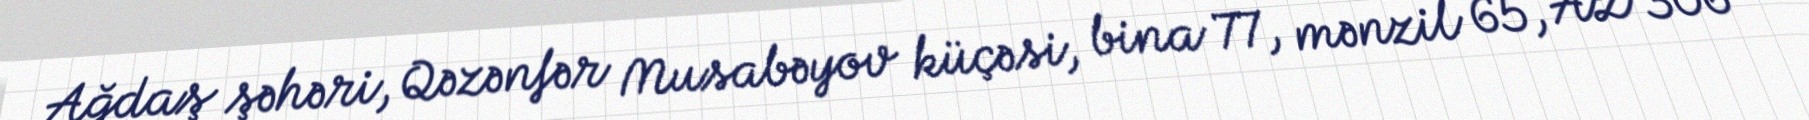
Ağdaş şəhəri, Qəzənfər Musabəyov küçəsi, bina 77, mənzil 65, AZ 306